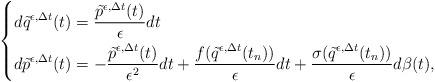
LaTeX: \begin{align*}\left\lbrace\begin{aligned}d\tilde{q}^{\epsilon,\Delta t}(t)&=\frac{\tilde{p}^{\epsilon,\Delta t}(t)}{\epsilon}dt\\d\tilde{p}^{\epsilon,\Delta t}(t)&=-\frac{\tilde{p}^{\epsilon,\Delta t}(t)}{\epsilon^2}dt+\frac{f(\tilde{q}^{\epsilon,\Delta t}(t_n))}{\epsilon}dt+\frac{\sigma(\tilde{q}^{\epsilon,\Delta t}(t_n))}{\epsilon}d\beta(t),\end{aligned}\right.\end{align*}